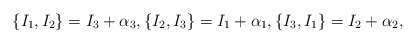
\begin{align*} \{I_1,I_2\}=I_3+\alpha_3,\{I_2,I_3\}=I_1+\alpha_1,\{I_3,I_1\}=I_2+\alpha_2,\end{align*}